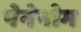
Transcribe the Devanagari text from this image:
पेनेनोम